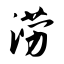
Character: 涝